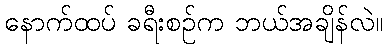
နောက်ထပ် ခရီးစဉ်က ဘယ်အချိန်လဲ။